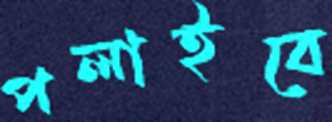
পলাইবে